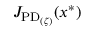
J _ { \mathrm { P D } _ { ( \zeta ) } } ( x ^ { * } )